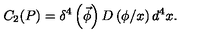
C _ { 2 } ( P ) = \delta ^ { 4 } \left( \vec { \phi } \right) D \left( \phi / x \right) d ^ { 4 } x .